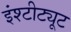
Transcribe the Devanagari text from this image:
इंश्टीट्यूट